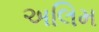
અલિમ